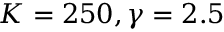
{ K } = 2 5 0 , \gamma = 2 . 5